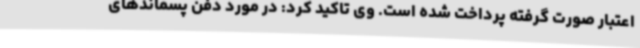
اعتبار صورت گرفته پرداخت شده است. وی تاکید کرد: در مورد دفن پسماندهای